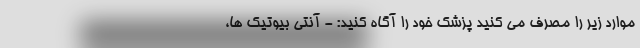
موارد زیر را مصرف می کنید پزشک خود را آگاه کنید: - آنتی بیوتیک ها،